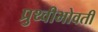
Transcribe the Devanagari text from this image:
प्रुथ्वीभोवती